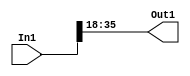
module velocityControlHdl_Maintain_Range_block
          (
           In1,
           Out1
          );


  input   signed [35:0] In1;  // sfix36_En33
  output  signed [17:0] Out1;  // sfix18_En15


  wire signed [17:0] Data_Type_Conversion_out1;  // sfix18_En15


  // <S19>/Data Type Conversion
  assign Data_Type_Conversion_out1 = In1[35:18];



  assign Out1 = Data_Type_Conversion_out1;

endmodule